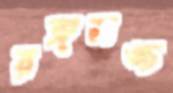
রঙ্গমঙ্চ